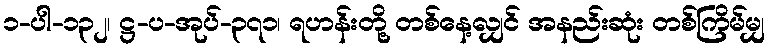
၁-ပါ-၁၃၂၊ ဋ္ဌ-ပ-အုပ်-၃၇၁၊ ရဟန်းတို့ တစ်နေ့လျှင် အနည်းဆုံး တစ်ကြိမ်မျှ